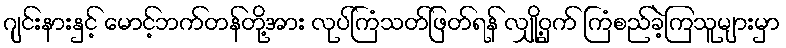
ဂျင်းနားနှင့် မောင့်ဘက်တန်တို့အား လုပ်ကြံသတ်ဖြတ်ရန် လျှို့ဝှက် ကြံစည်ခဲ့ကြသူများမှာ